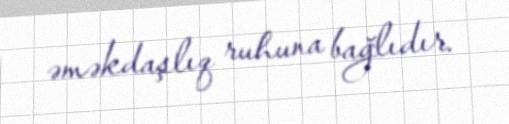
əməkdaşlıq ruhuna bağlıdır.